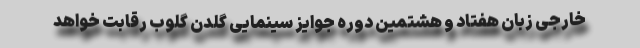
خارجی زبان هفتاد و هشتمین دوره جوایز سینمایی گلدن گلوب رقابت خواهد